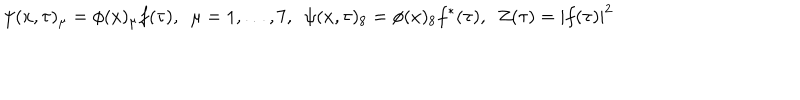
\psi ( x , \tau ) _ { \mu } = \phi ( x ) _ { \mu } f ( \tau ) , \ \ \mu = 1 , \dots , 7 , \ \ \psi ( x , \tau ) _ { 8 } = \phi ( x ) _ { 8 } f ^ { * } ( \tau ) , \ \ Z ( \tau ) = | f ( \tau ) | ^ { 2 }